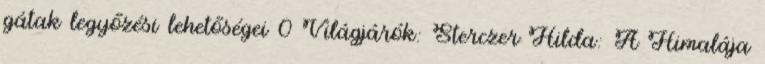
gátak legyőzési lehetőségei 0 Világjárók: Sterczer Hilda: A Himalája